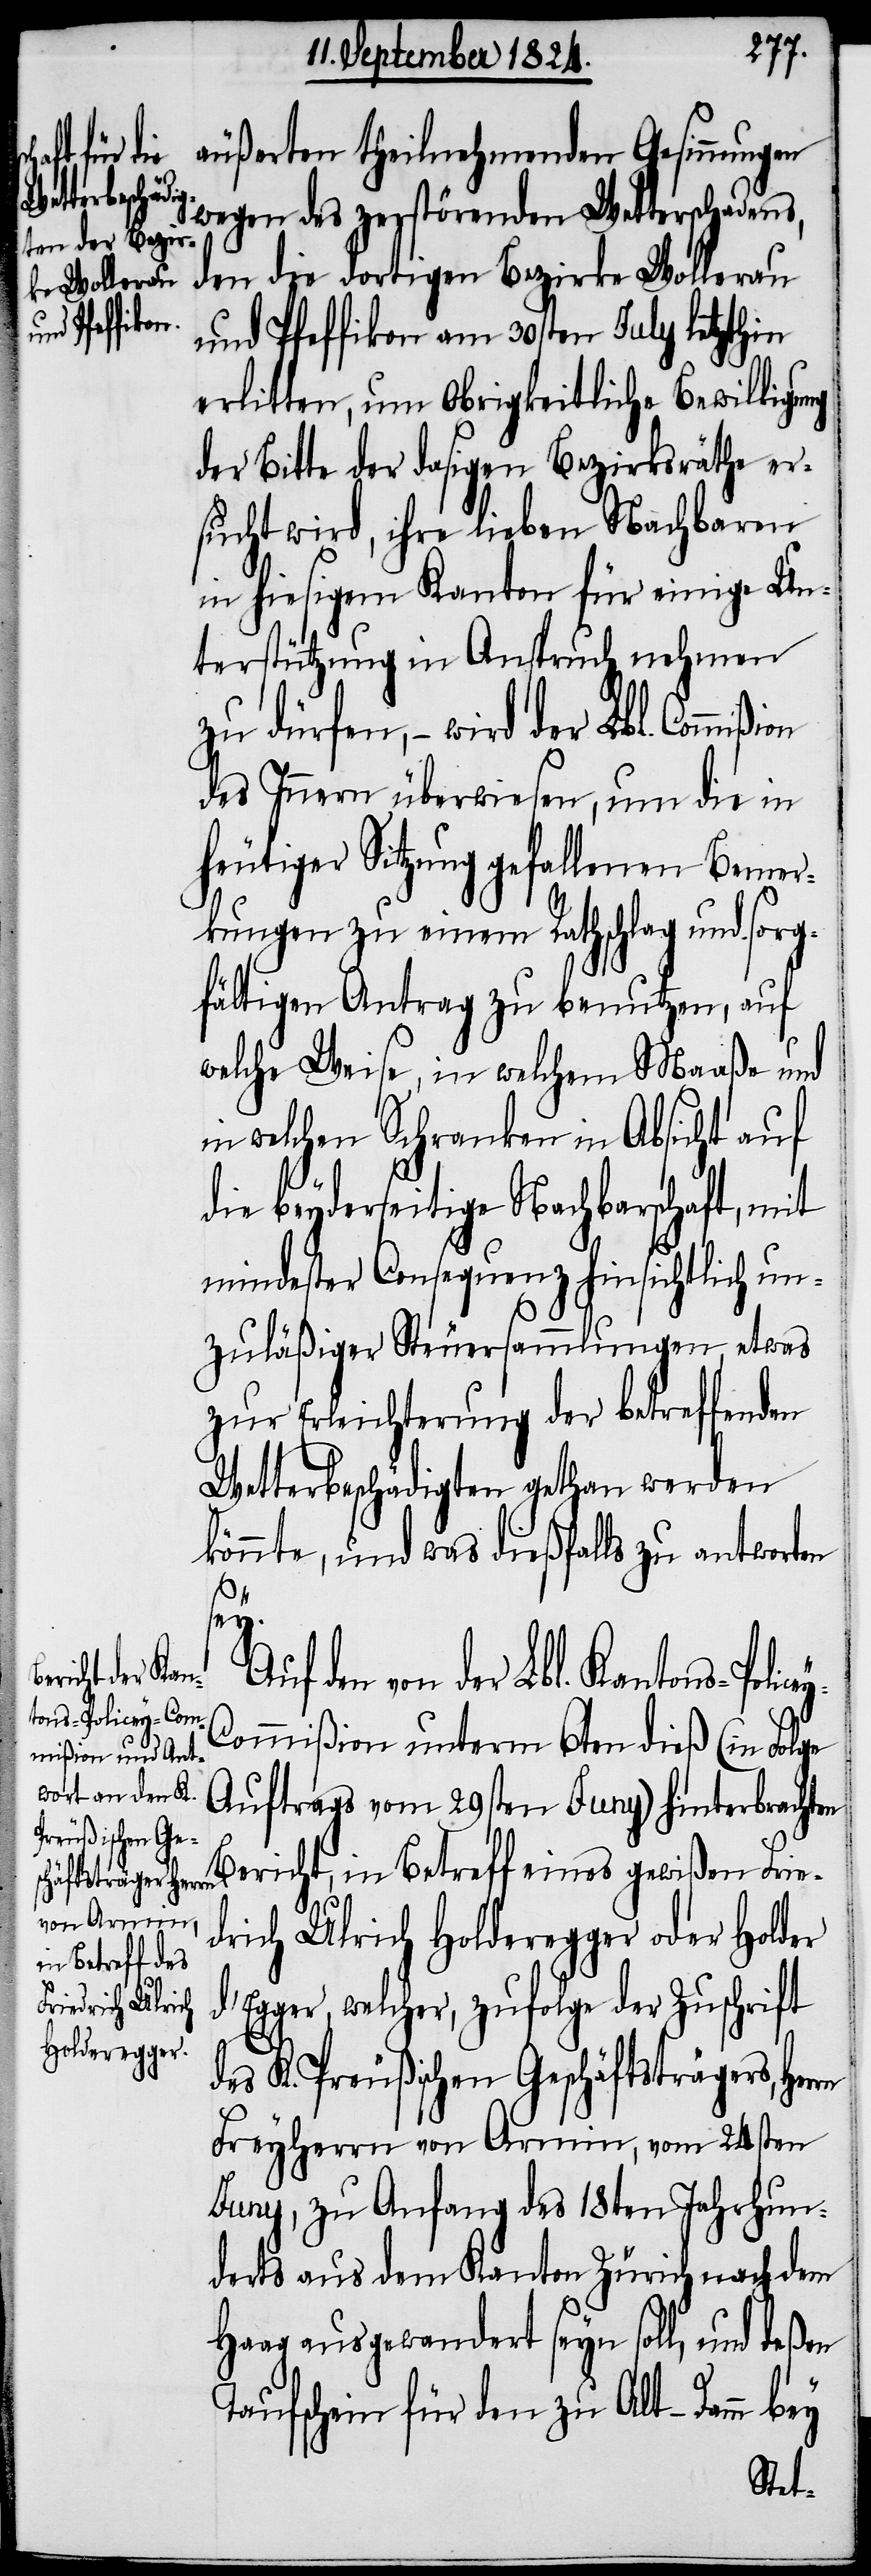
äußerten theilnehmenden Gesinnungen
wird der Lbl.
wegen des zerstörenden Wetterschadens,
den die dortigen Bezirke Wollerau
und Pfeffikon am 30sten July letzthin
erlitten, um Obrigkeitliche Bewilligung
der Bitte der dasigen Bezirksräthe er¬
sucht wird, ihre lieben Nachbaren
in hiesigem Kanton für einige Un¬
terstützung in Anspruch nehmen
Auf den von der Lbl. Kan¬
des Innern überwiesen, um die in
heutiger Sitzung gefallenen Bemer¬
kungen zu einem Rathschlag und sorg¬
fältigen Antrag zu benutzen, auf
welche Weise, in welchem Maaße und
in welchen Schranken in Absicht auf
die beyderseitige Nachbarschaft, mit
mindester Consequenz hinsichtlich un¬
zuläßiger Steuersammlungen etwas
zur Erleichterung der betreffenden
Wetterbeschädigten gethan werden
könnte, und was dießfalls zu antworten
rn
tons-Policey-C¬
ommißion unterm 6ten dieß (in Folge
Auftrags vom 29sten Juny) hinterbrac¬
hten Bericht, in Betreff eines gewißen Frie¬
drich Ulrich Holderegger oder Holder
d’Egger, welcher, zufolge der Zuschrift
des K. Preußischen Geschäftsträgers, Her¬
Freyherrn von Armin, vom 24sten
Juny, zu Anfang des 18ten Jahrhun¬
derts aus dem Kanton Zürich nach dem
Haag ausgewandert seyn soll, und deßen
Taufschein für den zu Alt-Damm bey